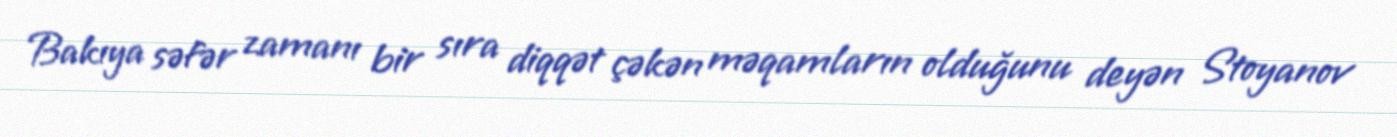
Bakıya səfər zamanı bir sıra diqqət çəkən məqamların olduğunu deyən Stoyanov